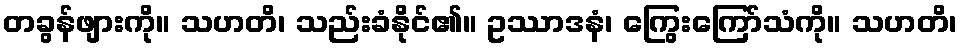
တခွန်ဖျားကို။ သဟတိ၊ သည်းခံနိုင်၏။ ဥဿာဒနံ၊ ကြွေးကြော်သံကို။ သဟတိ၊